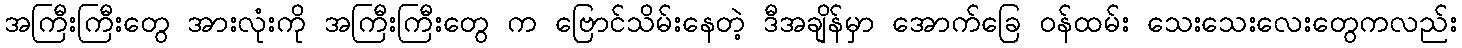
အကြီးကြီးတွေ အားလုံးကို အကြီးကြီးတွေ က ဗြောင်သိမ်းနေတဲ့ ဒီအချိန်မှာ အောက်ခြေ ဝန်ထမ်း သေးသေးလေးတွေကလည်း